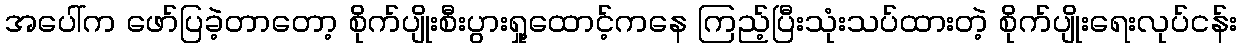
အပေါ်က ဖော်ပြခဲ့တာတော့ စိုက်ပျိုးစီးပွားရှု့ထောင့်ကနေ ကြည့်ပြီးသုံးသပ်ထားတဲ့ စိုက်ပျိုးရေးလုပ်ငန်း